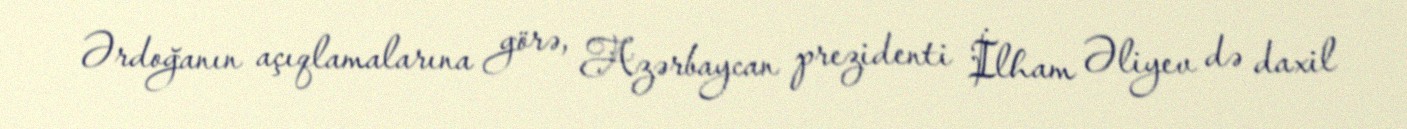
Ərdoğanın açıqlamalarına görə, Azərbaycan prezidenti İlham Əliyev də daxil